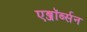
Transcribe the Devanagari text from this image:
एब्जॉर्ब्सन